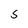
Character: s